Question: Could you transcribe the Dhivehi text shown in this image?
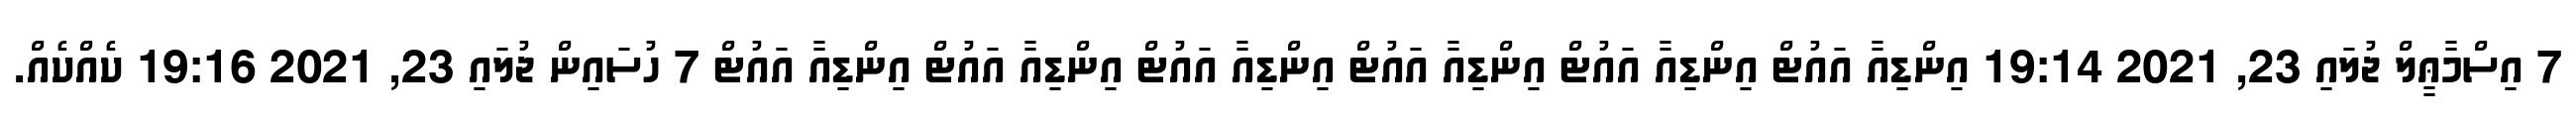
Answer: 7 އިސްމާޢީލް ޖުލައި 23, 2021 19:14 އިންޑިއާ އައުޓް އިންޑިއާ އައުޓް އިންޑިއާ އައުޓް އިންޑިއާ އައުޓް އިންޑިއާ އައުޓް އިންޑިއާ އައުޓް 7 ހުސައިން ޖުލައި 23, 2021 19:16 ކެއްކެއް.